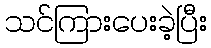
သင်ကြားပေးခဲ့ပြီး